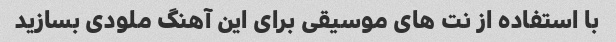
با استفاده از نت های موسیقی برای این آهنگ ملودی بسازید